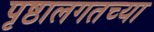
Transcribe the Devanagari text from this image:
पृष्ठालगतच्या